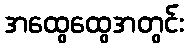
အထွေထွေအတွင်း